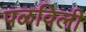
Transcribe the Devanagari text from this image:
पळविली